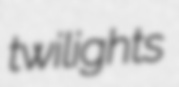
twilights